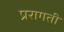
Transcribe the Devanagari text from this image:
प्ररागती